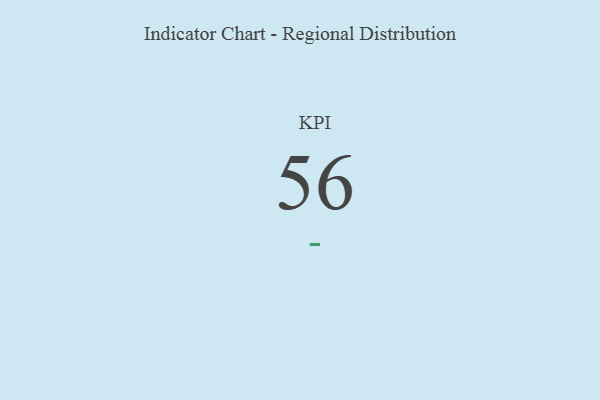
{"axis": {"x": "KPI", "y": "Value"}, "legend": [""], "data": [{"x": "KPI", "y": 56, "type": ""}]}